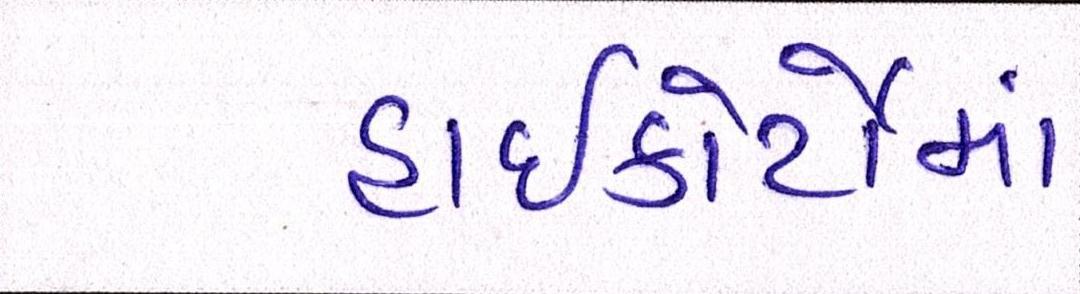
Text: હાઇકોર્ટોમાં